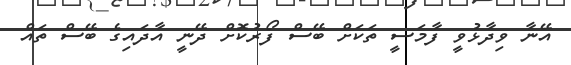
އޭނާ ވިދާޅުވީ ފާމަސީ ތަކަށް ބޭސް ފޯރުކޮށް ދޭނީ އާދައިގެ ބޭސް ތައް